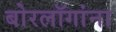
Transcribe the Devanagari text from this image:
बोरलॉगांना